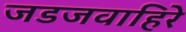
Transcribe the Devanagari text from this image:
जडजवाहिरे